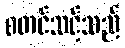
စတင်သင့်သည်